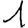
Digit: 1